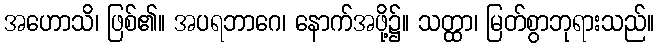
အဟောသိ၊ ဖြစ်၏။ အပရဘာဂေ၊ နောက်အဖို့၌။ သတ္ထာ၊ မြတ်စွာဘုရားသည်။